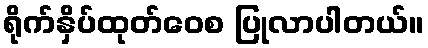
ရိုက်နှိပ်ထုတ်ဝေစ ပြုလာပါတယ်။